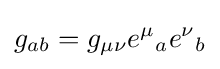
g_{ab}=g_{\mu \nu }e^{\mu }{}_{a}e^{\nu }{}_{b}